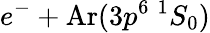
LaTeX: e^{-}+\mathrm{Ar}(3p^{6}\ ^{1}S_{0})